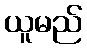
ယူမည်